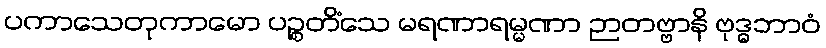
ပကာသေတုကာမော ပဉ္စတိံသေ မရဏာရမ္မဏာ ဉာတဗ္ဗာနိ ဗုဒ္ဓဘာဝံ